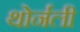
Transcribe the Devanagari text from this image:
थोर्नली